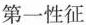
第一性征